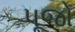
પૂજો